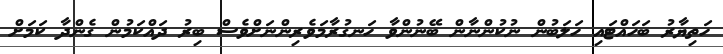
ހަތިޔާރު ބަހައްޓައި ހަލަބުން ނުކުންނާން ބޭނުންވާ ހަނގުރާމަވެރިންނަށްވެސް ބިރު ދައްކަމުން ގެންދާ ކަމަށް